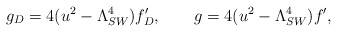
\begin{align*}g_D=4(u^2-\Lambda_{SW}^4)f_D',\qquad g=4(u^2-\Lambda_{SW}^4)f',\end{align*}